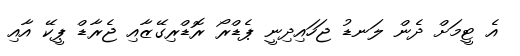
އެ ޓީމަށް ދެން ލަނޑު ޖަހައިދިނީ ޕެޑްރޯ ރޮޑްރިގޭޒާއި ޖެރާޑް ޕީކޭ އާއި